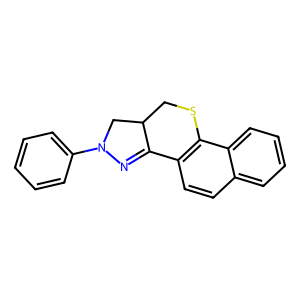
SMILES: c1ccc(N2CC3CSc4c(ccc5ccccc45)C3=N2)cc1
Inhibits HIV replication: No